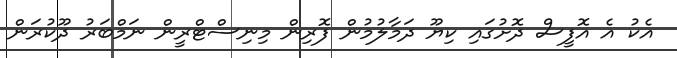
އެކު އެ އޮފީސް ދޮށުގައި ކިޔޫ ދަމާލުމުން ފޮރިން މިނިސްޓްރީން ނަމްބަރު ދޫކުރަން